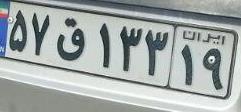
۵۷ق۱۳۳۱۹